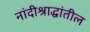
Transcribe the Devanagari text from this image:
नांदीश्राद्धांतील